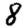
Digit: 8